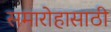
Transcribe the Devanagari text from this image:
समारोहासाठी